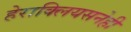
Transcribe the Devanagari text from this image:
हेराक्लियसनेही